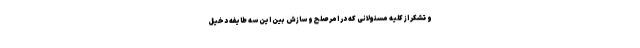
و تشکر از کلیه مسئولانی که در امر صلح و سازش بین این سه طایفه دخیل